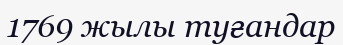
1769 жылы туғандар